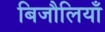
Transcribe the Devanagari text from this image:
बिजौलियाँ